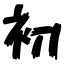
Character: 初